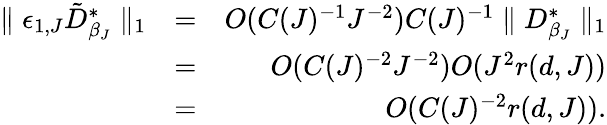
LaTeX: \begin{array}{rlr}{\parallel\epsilon_{1,J}\tilde{D}_{\beta_{J}}^{*}\parallel_{1}}&{=}&{O(C(J)^{-1}J^{-2})C(J)^{-1}\parallel D_{\beta_{J}}^{*}\parallel_{1}}\\ &{=}&{O(C(J)^{-2}J^{-2})O(J^{2}r(d,J))}\\ &{=}&{O(C(J)^{-2}r(d,J)).}\end{array}